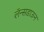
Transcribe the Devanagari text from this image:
लॅन्सडाऊन